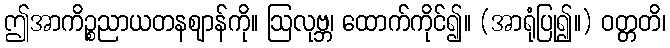
ဤအာကိဉ္စညာယတနဈာန်ကို။ ဩလုဗ္ဘ၊ ထောက်ကိုင်၍။ (အာရုံပြု၍။) ဝတ္တတိ၊